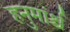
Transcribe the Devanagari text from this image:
हनुमांर्श्च